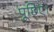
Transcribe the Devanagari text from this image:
पूछिए।